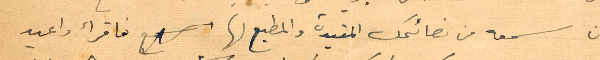
ان اسمعه من نصائحك المفيدة والمطبع لها فأقرأ واعيد